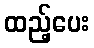
ထည့်ပေး